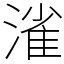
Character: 𣼎